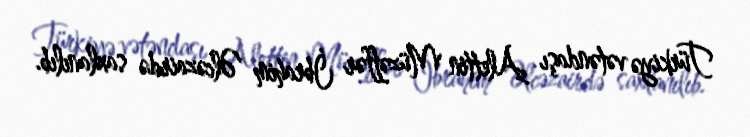
Türkiyə vətəndaşı Alettin Müzəffər İbrahim Əlcəzairdə saxlanılıb.